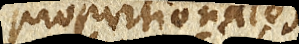
proportionales